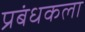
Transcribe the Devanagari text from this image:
प्रबंधकला